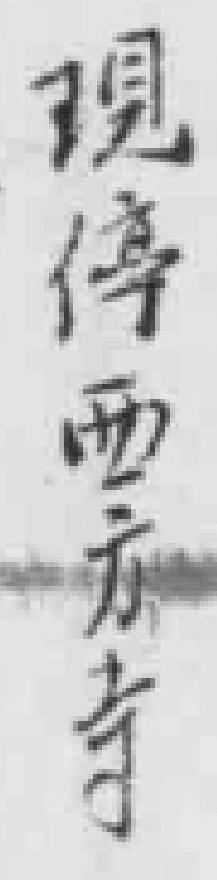
現停西方寺